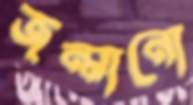
জন্মানো